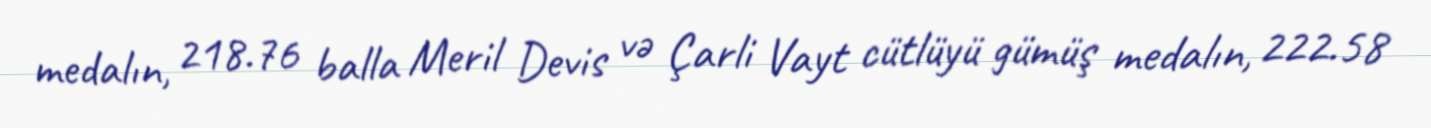
medalın, 218.76 balla Meril Devis və Çarli Vayt cütlüyü gümüş medalın, 222.58